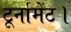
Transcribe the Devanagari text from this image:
टूर्नामेंट।